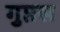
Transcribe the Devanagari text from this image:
गुप्तस